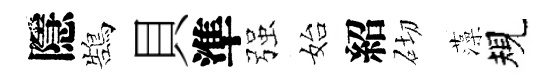
隱鵠貝準强始紹砌藻規